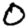
Digit: 0